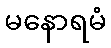
မနောရမံ